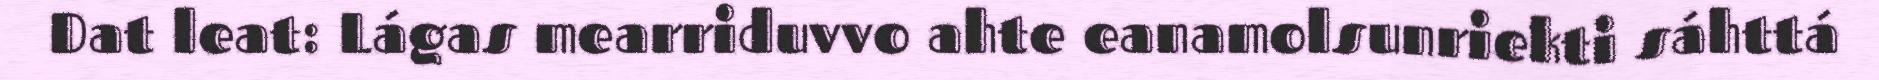
Dat leat: Lágas mearriduvvo ahte eanamolsunriekti sáhttá